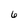
Character: 6